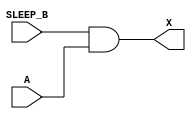
/*
 * Copyright 2020 The SkyWater PDK Authors
 *
 * Licensed under the Apache License, Version 2.0 (the "License");
 * you may not use this file except in compliance with the License.
 * You may obtain a copy of the License at
 *
 *     https://www.apache.org/licenses/LICENSE-2.0
 *
 * Unless required by applicable law or agreed to in writing, software
 * distributed under the License is distributed on an "AS IS" BASIS,
 * WITHOUT WARRANTIES OR CONDITIONS OF ANY KIND, either express or implied.
 * See the License for the specific language governing permissions and
 * limitations under the License.
 *
 * SPDX-License-Identifier: Apache-2.0
*/


`ifndef SKY130_FD_SC_HVL__LSBUFLV2HV_ISOSRCHVAON_BEHAVIORAL_V
`define SKY130_FD_SC_HVL__LSBUFLV2HV_ISOSRCHVAON_BEHAVIORAL_V

/**
 * lsbuflv2hv_isosrchvaon: Level shift buffer, low voltage to high
 *                         voltage, isolated well on input buffer,
 *                         inverting sleep mode input, zero power
 *                         sleep mode.
 *
 * Verilog simulation functional model.
 */

`timescale 1ns / 1ps
`default_nettype none

`celldefine
module sky130_fd_sc_hvl__lsbuflv2hv_isosrchvaon (
    X      ,
    A      ,
    SLEEP_B
);

    // Module ports
    output X      ;
    input  A      ;
    input  SLEEP_B;

    // Module supplies
    supply1 VPWR ;
    supply0 VGND ;
    supply1 LVPWR;
    supply1 VPB  ;
    supply0 VNB  ;

    // Local signals
    wire SLEEP     ;
    wire and0_out_X;

    //  Name  Output      Other arguments
    not not0 (SLEEP     , SLEEP_B        );
    and and0 (and0_out_X, SLEEP_B, A     );
    buf buf0 (X         , and0_out_X     );

endmodule
`endcelldefine

`default_nettype wire
`endif  // SKY130_FD_SC_HVL__LSBUFLV2HV_ISOSRCHVAON_BEHAVIORAL_V